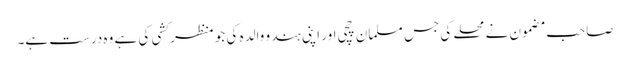
صاحب مضمون نے محلے کی جس مسلمان چچی اور اپنی ہندو والدہ کی جو منظر کشی کی ہے وہ درست ہے۔